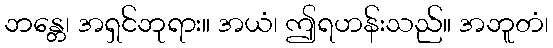
ဘန္တေ၊ အရှင်ဘုရား။ အယံ၊ ဤရဟန်းသည်။ အဘူတံ၊